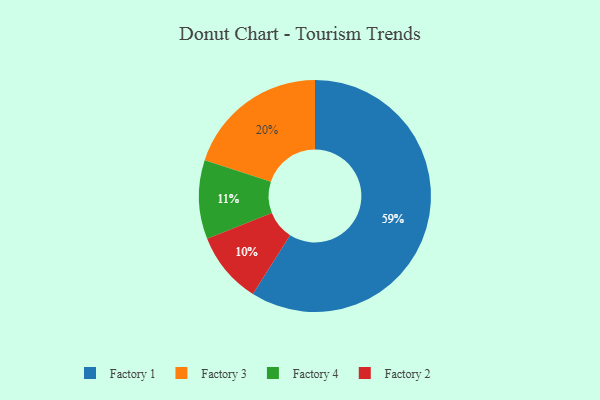
{"axis": {"x": "Category", "y": "Percentage"}, "legend": ["Factory 1", "Factory 2", "Factory 3", "Factory 4"], "data": [{"x": "Factory 3", "y": 20, "type": "Factory 3"}, {"x": "Factory 1", "y": 59, "type": "Factory 1"}, {"x": "Factory 4", "y": 11, "type": "Factory 4"}, {"x": "Factory 2", "y": 10, "type": "Factory 2"}]}